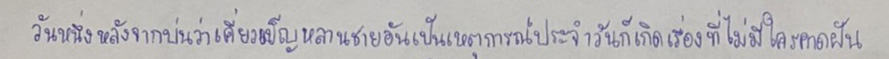
วันหนึ่งหลังจากบ่นว่าเคี่ยวเข็ญหลานชายอันเป็นเหตุการณ์ประจำวันก็เกิดเรื่องที่ไม่มีใครคาดฝัน